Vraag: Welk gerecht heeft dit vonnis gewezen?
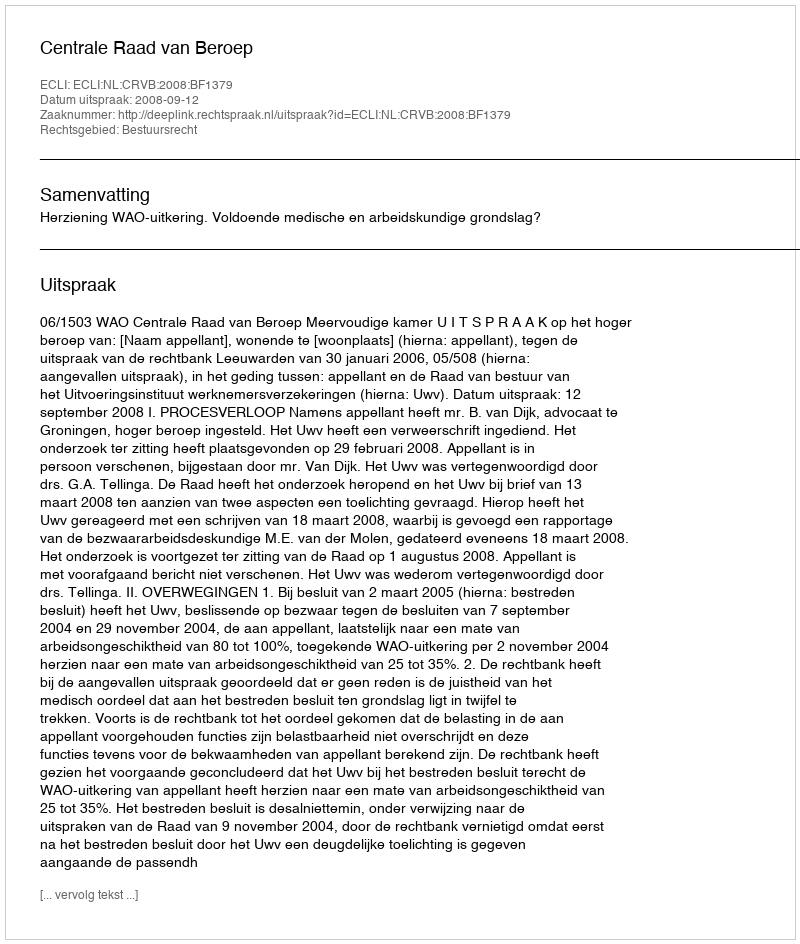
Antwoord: Centrale Raad van Beroep